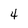
Character: 4